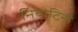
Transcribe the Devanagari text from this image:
नियोटिनी